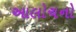
આલોચનો